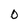
Character: O